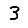
Digit: 3